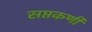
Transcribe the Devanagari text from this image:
सप्तकर्णी